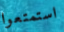
استمتعوا